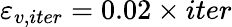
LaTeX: \varepsilon_{v,iter}=0.02\times iter